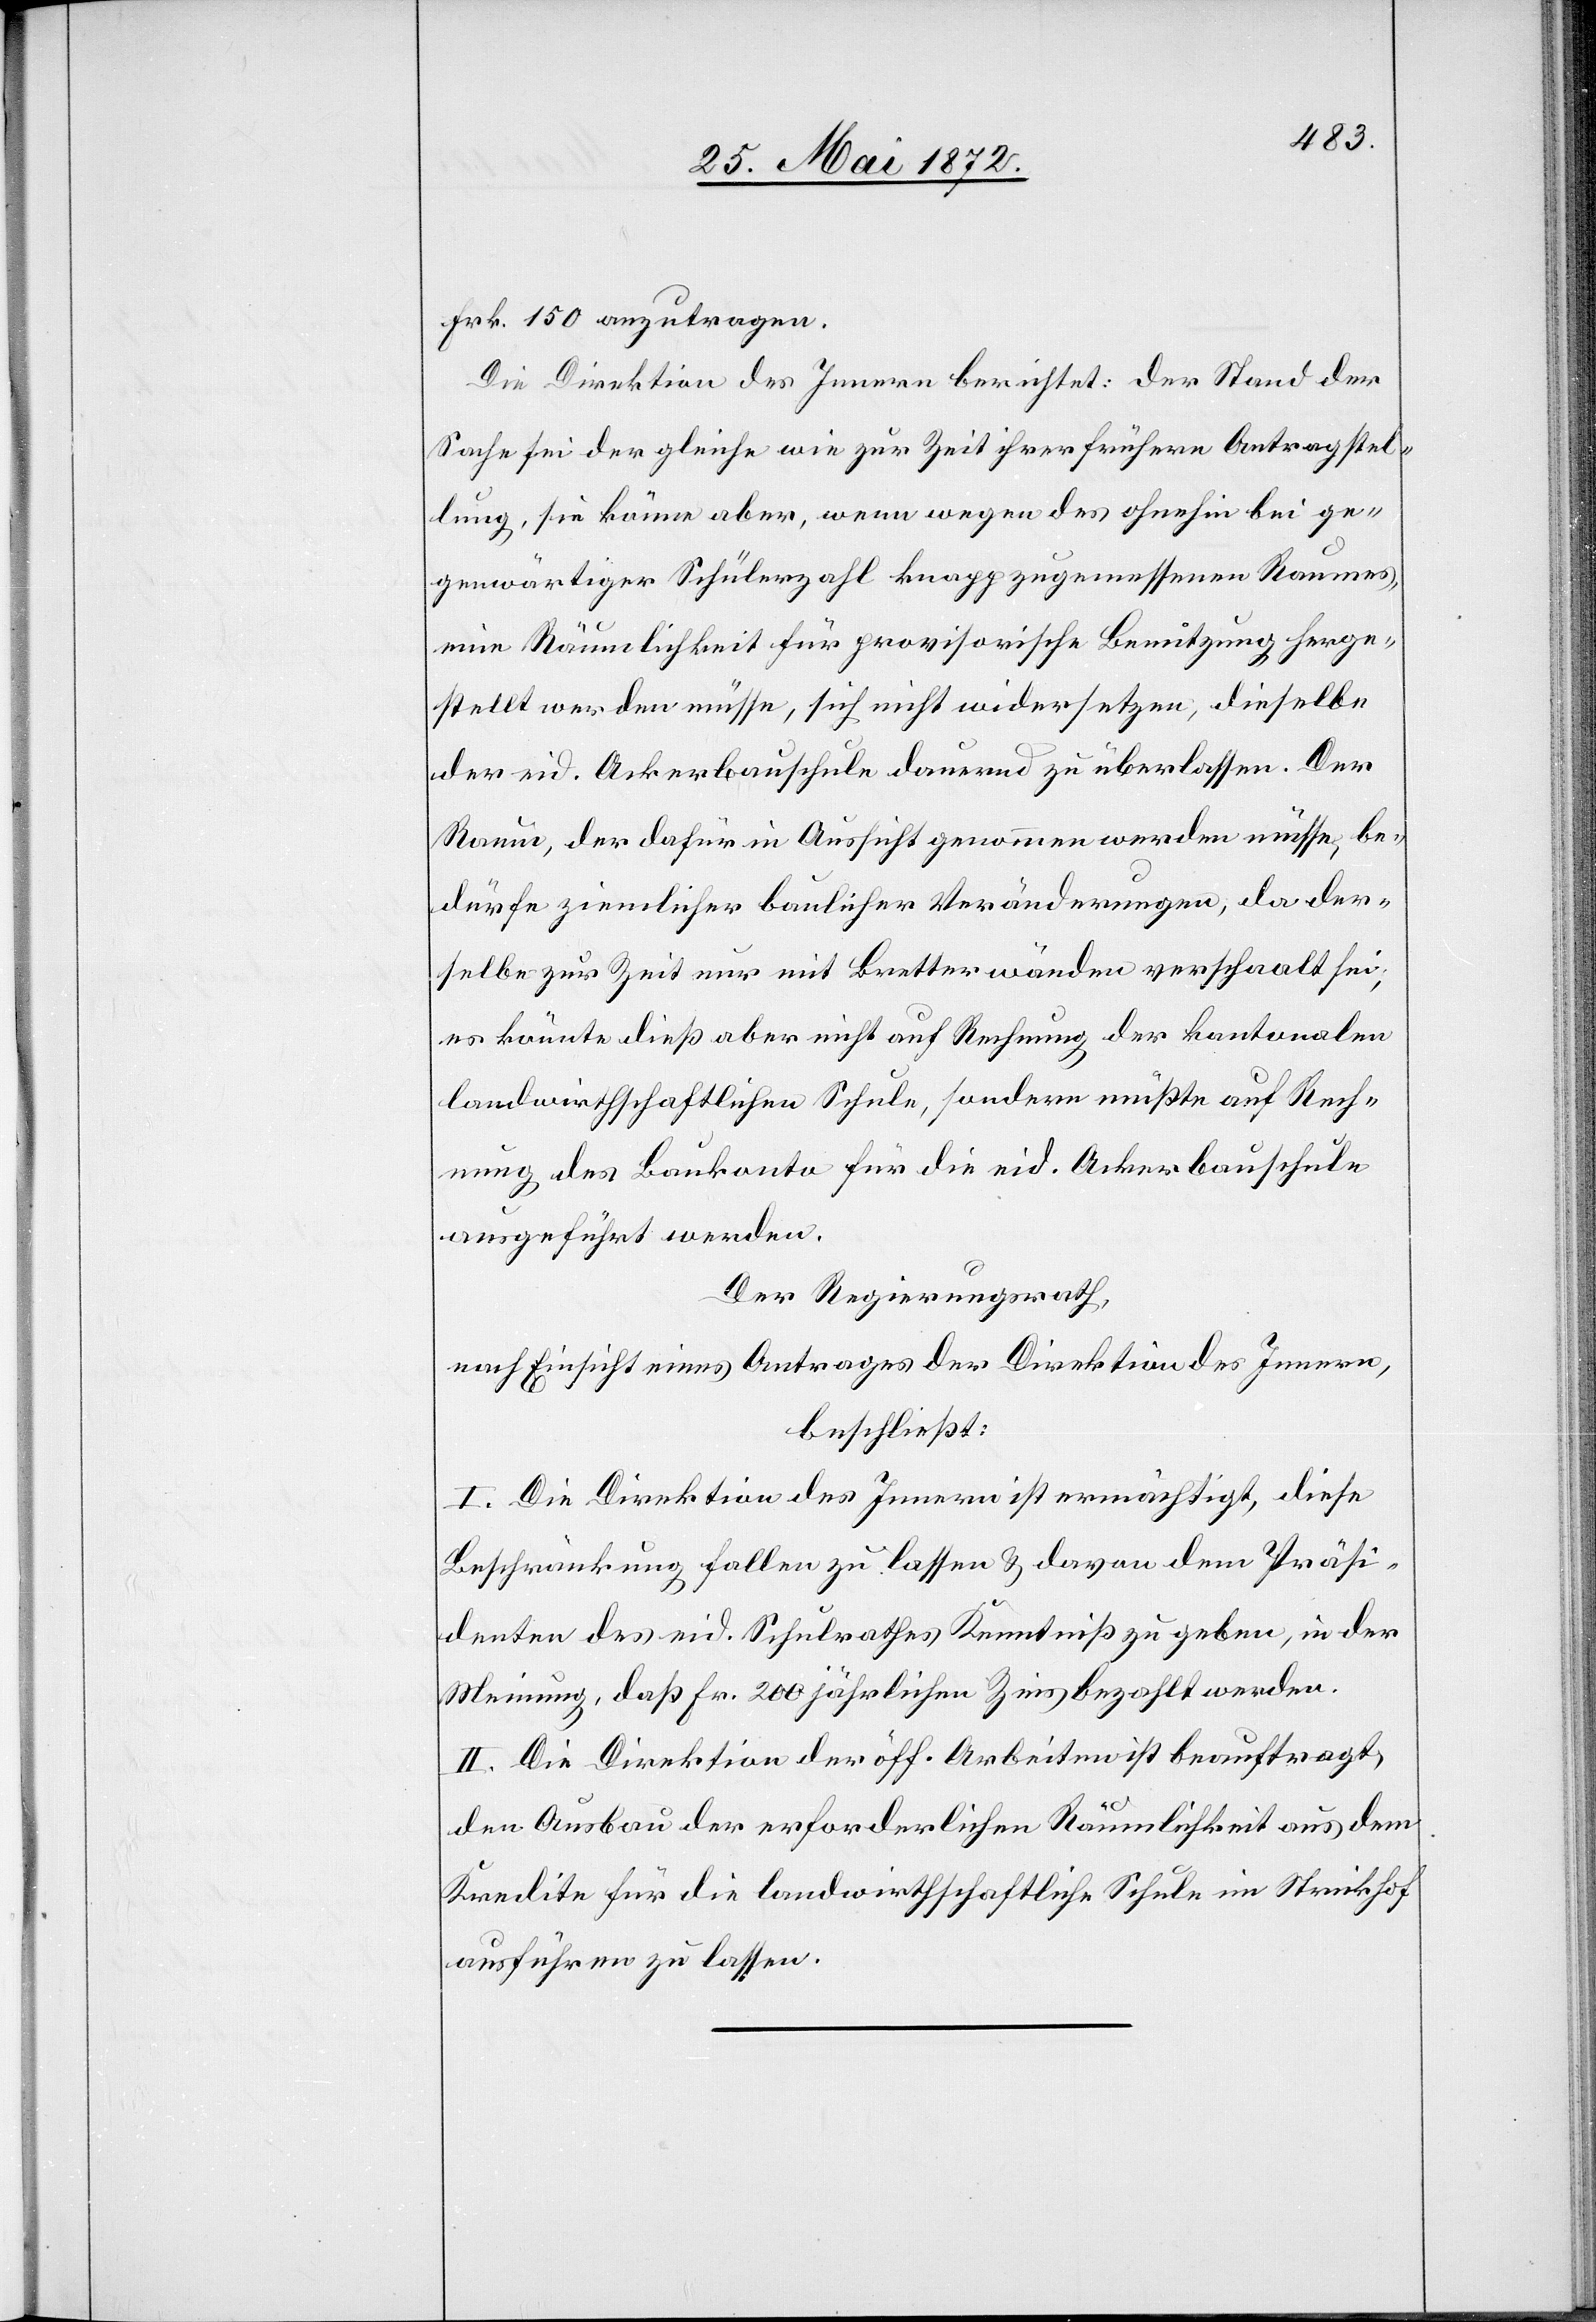
Frk. 150 anzutragen.
Die Direktion des Innern berichtet: der Stand der
Sache sei der gleiche wie zur Zeit ihrer frühern Antragstel¬
lung, sie könne aber, wenn wegen des ohnehin bei ge¬
genwärtiger Schülerzahl knapp zugemessenen Raumes,
eine Räumlichkeit für provisorische Benutzung herge¬
stellt werden müsse, sich nicht widersetzen, dieselbe
der eid. Ackerbauschule dauernd zu überlassen. Der
Raum, der dafür in Aussicht genommen werden müsse, be¬
dürfe ziemlicher baulicher Veränderungen, da der¬
selbe zur Zeit nur mit Bretterwänden verschaalt sei;
es könnte dieß aber nicht auf Rechnung der kantonalen
landwirtschaftlichen Schule, sondern müßte auf Rech¬
nung des Baukonto für die eid. Ackerbauschule
ausgeführt werden.
Der Regierungsrath,
nach Einsicht eines Antrages der Direktion des Innern,
beschließt:
I. Die Direktion des Innern ist ermächtigt, diese
Beschränkung fallen zu lassen u. davon dem Präsi¬
denten des eid. Schulrathes Kenntniß zu geben, in der
Meinung, daß Fr. 200 jährlichen Zins bezahlt werden.
II. Die Direktion der öff. Arbeiten ist beauftragt,
den Ausbau der erforderlichen Räumlichkeit aus dem
Kredite für die landwirthschaftliche Schule im Strickhof
ausführen zu lassen.